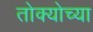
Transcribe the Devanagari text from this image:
तोक्योच्या